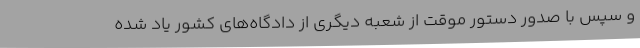
و سپس با صدور دستور موقت از شعبه دیگری از دادگاه‌های کشور یاد شده